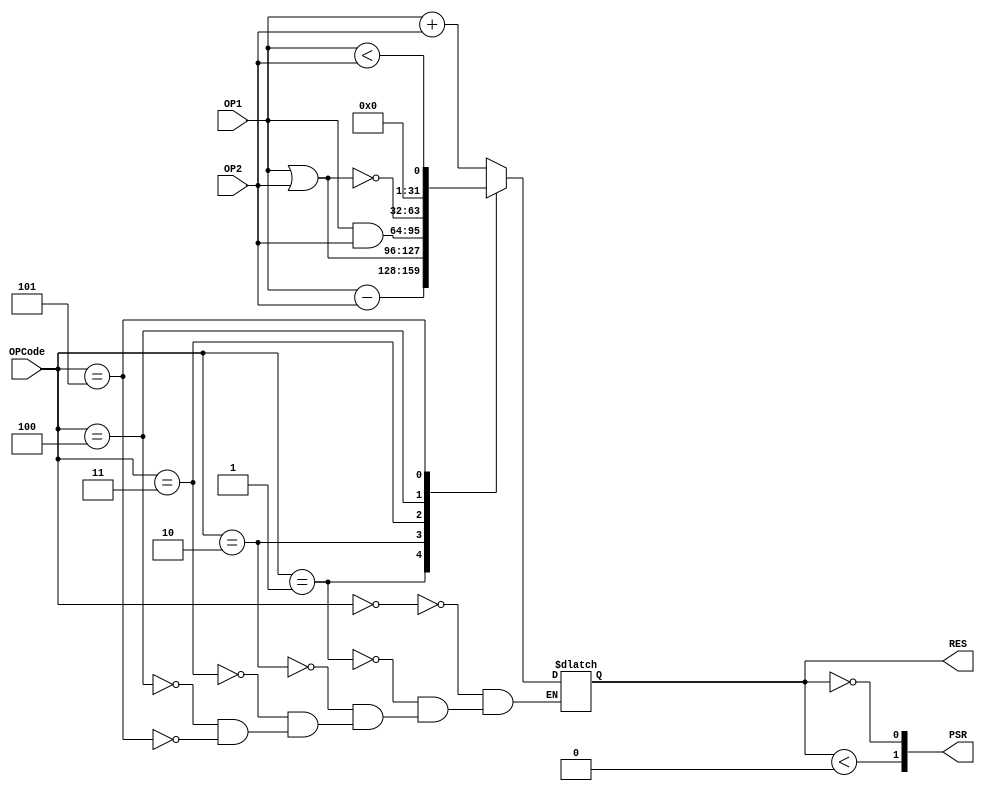
module ALU (OP1 , OP2 , OPCode , RES , PSR);
  input [31:0] OP1 , OP2 ;
  input [3:0]  OPCode    ;
  
  output reg signed [31:0] RES  ;
  output reg [1:0] PSR ;
  
  always@(RES)
    begin
      PSR[0] = (RES==0) ;
      PSR[1] = (RES <0) ; 
    end
  
  parameter ADD = 4'b0000 ;
  parameter SUB = 4'b0001 ;  
  parameter OR  = 4'b0010 ;
  parameter AND = 4'b0011 ;
  parameter NOR = 4'b0100 ;
  parameter SLT = 4'b0101 ;
  /*
        ALU
    0000 --> ADD
    0001 --> SUB
    0010 --> OR
    0011 --> AND
    0100 --> NOR
    0101 --> SLT
  
  */
  
  // Choose Operation
  always @(OPCode or OP1 or OP2)  
  case(OPCode)
    ADD : RES = OP1 + OP2       ;
    SUB : RES = OP1 - OP2       ;
    OR  : RES = OP1 | OP2       ;
    AND : RES = OP1 & OP2       ;
    NOR : RES = ~(OP1 | OP2)    ;
    SLT : RES = OP1<OP2         ;
  endcase
  
endmodule